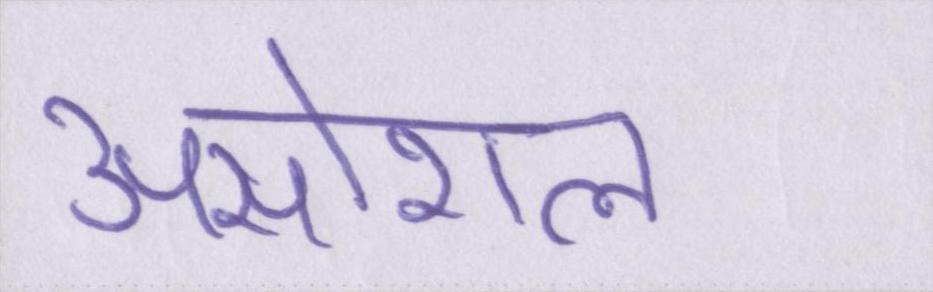
असोशल